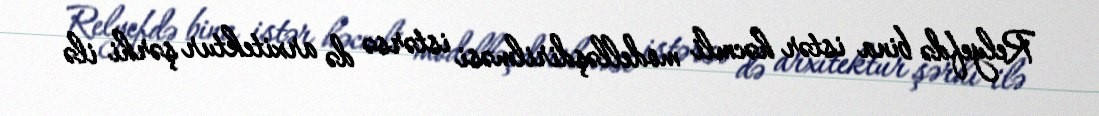
Relyefdə bina istər həcmli modelləşdirilməsi istərsə də arxitektur şərhi ilə